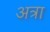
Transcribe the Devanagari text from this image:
अत्रा